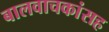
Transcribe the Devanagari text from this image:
बालवाचकांसह